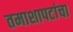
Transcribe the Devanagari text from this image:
तमाशापटांचा